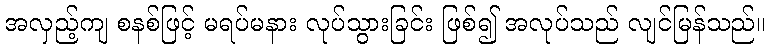
အလှည့်ကျ စနစ်ဖြင့် မရပ်မနား လုပ်သွားခြင်း ဖြစ်၍ အလုပ်သည် လျင်မြန်သည်။